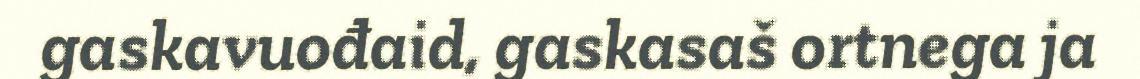
gaskavuođaid, gaskasaš ortnega ja